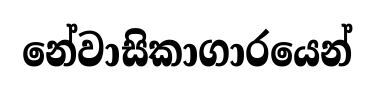
නේවාසිකාගාරයෙන්